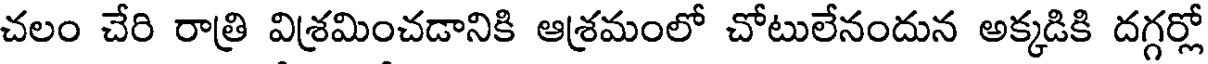
చలం చేరి రాత్రి విశ్రమించడానికి ఆశ్రమంలో చోటులేనందున అక్కడికి దగ్గర్లో